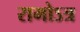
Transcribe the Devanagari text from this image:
रामोऽत्र